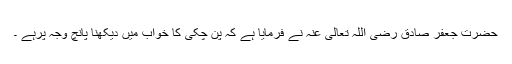
حضرت جعفر صادق رضی اللہ تعالیٰ عنہ نے فرمایا ہے کہ پن چکی کا خواب میں دیکھنا پانچ وجہ پرہے ۔